Report of the King Institute of Preventive Medicine, Guindy
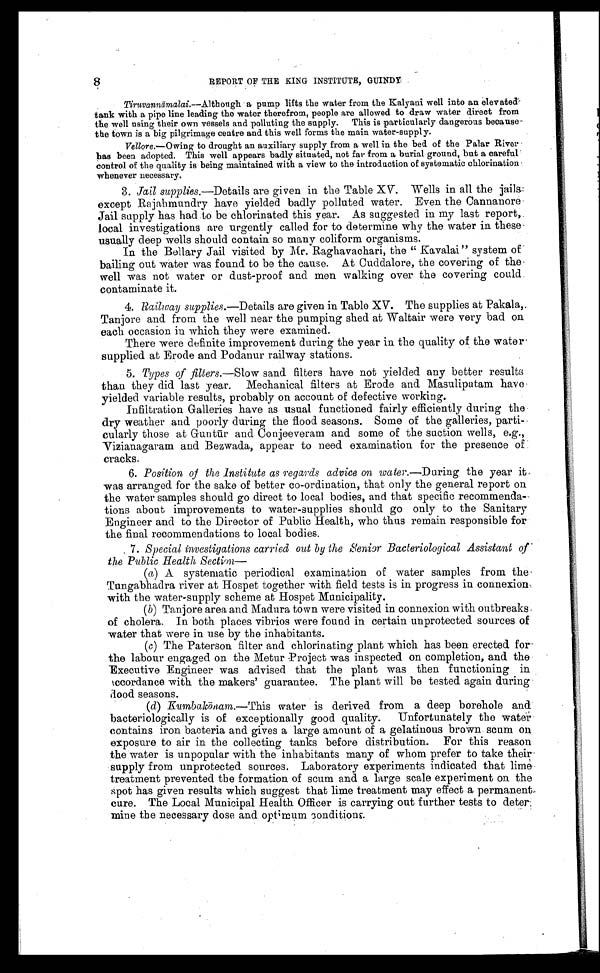
8
REPORT OF THE KING INSTITUTE, GUINDY
Tiruvannamalai.—Although a pump lifts the water from the Kalyani well into an elevate
d
tank with a pipe line leading the water therefrom, people are allowed to draw water direct from
the well using their own vessels and polluting the supply. This is particularly dangerous because
the town is a big pilgrimage centre and this well forms the main water-supply.
Vellore.—Owing to drought an auxiliary supply from a well in the bed of the Palar River
has been adopted. This well appears badly situated, not far from a burial ground, but a careful
control of the quality is being maintained with a view to the introduction of systematic chlorination
whenever necessary.
3. Jail supplies.—Details are given in the Table XV. Wells in all the jails
except Rajahmundry have yielded badly polluted water. Even the Cannanore
Jail supply has had to be chlorinated this year. As suggested in my last report,
local investigations are urgently called for to determine why the water in these
usually deep wells should contain so many coliform organisms.
In the Bellary Jail visited by Mr. Raghavachari, the " Kavalai" system of
bailing out water was found to be the cause. At Cuddalore, the covering of the
well was not water or dust-proof and men walking over the covering could
contaminate it.
4. Railway supplies.—Details are given in Table XV. The supplies at Pakala,.
Tanjore and from the well near the pumping shed at Waltair were very bad on
each occasion in which they were examined.
There were definite improvement during the year in the quality of the water
supplied at Erode and Podanur railway stations.
5. Types of filters.—Slow sand filters have not yielded any better results
than they did last year. Mechanical filters at Erode and Masulipatam have
yielded variable results, probably on account of defective working.
Infiltration Galleries have as usual functioned fairly efficiently during the
dry weather and poorly during the flood seasons. Some of the galleries, parti-
cularly those at Guntur and Conjeeveram and some of the suction wells, e.g.,
Vizianagaram and Bezwada, appear to need examination for the presence of
cracks.
6. Position of the Institute as regards advice on water.—During the year it
was arranged for the sake of better co-ordination, that only the general report on
the water samples should go direct to local bodies, and that specific recommenda-
tions about improvements to water-supplies should go only to the Sanitary
Engineer and to the Director of Public Health, who thus remain responsible for
the final recommendations to local bodies.
. 7. Special investigations carried out by the Senior Bacteriological Assistant of
the Public Health Section
—
(a) A systematic periodical examination of water samples from the
Tungabhadra river at Hospet together with field tests is in progress in connexion
with the water-supply scheme at Hospet Municipality.
(b) Tanjore area and Madura town were visited in connexion with outbreaks
of cholera. In both places vibrios were found in certain unprotected sources of
water that were in use by the inhabitants.
(c) The Paterson filter and chlorinating plant which has been erected for
the labour engaged on the Metur Project was inspected on completion, and the
Executive Engineer was advised that the plant was then functioning in
a c c o r d a n c e w i t h t h e m a k e r s ’ g u a r a n t e e . T h e p l a n t w i l l b e t e s t e d a g a i n d u r i n g
f l o o d s e a s o n s .
(d) Kumballconam.—This water is derived from a deep borehole and
bacteriologically is of exceptionally good quality. Unfortunately the water
contains iron bacteria and gives a large amount of a gelatinous brown scum on
exposure to air in the collecting tanks before distribution. For this reason
the water is unpopular with the inhabitants many of whom prefer to take their
supply from unprotected sources. Laboratory experiments indicated that lime
treatment prevented the formation of scum and a large scale experiment on the
spot has given results which suggest that lime treatment may effect a permanent
cure. The Local Municipal Health Officer is carrying out further tests to deter:
mine the necessary dose and optimum conditions.